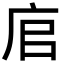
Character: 𢈂